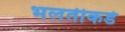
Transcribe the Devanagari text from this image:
भलतीकडे